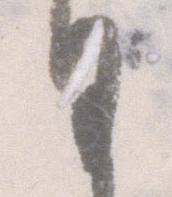
日